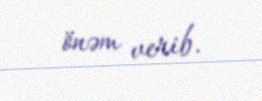
önəm verib.